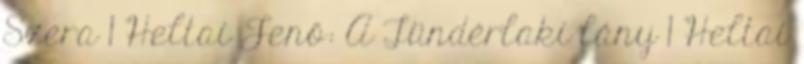
Szera 1 Heltai Jenő: A Tündérlaki lány 1 Heltai